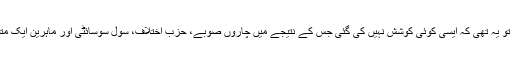
حکومت کی سب سے بڑی ناکامی تو یہ تھی کہ ایسی کوئی کوشش نہیں کی گئی جس کے نتیجے میں چاروں صوبے، حزب اختلاف، سول سوسائٹی اور ماہرین ایک متفقہ حکمت عملی کی طرف بڑھتے۔